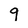
Character: 9